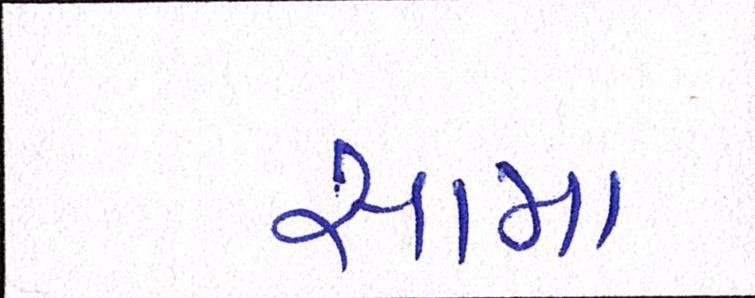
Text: સામા